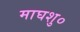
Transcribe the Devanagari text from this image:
माघशु०